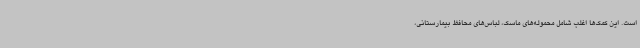
است. این کمک‌ها اغلب شامل محموله‌های ماسک، لباس‌های محافظ بیمارستانی،‌